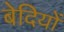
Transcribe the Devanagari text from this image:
बेदियों